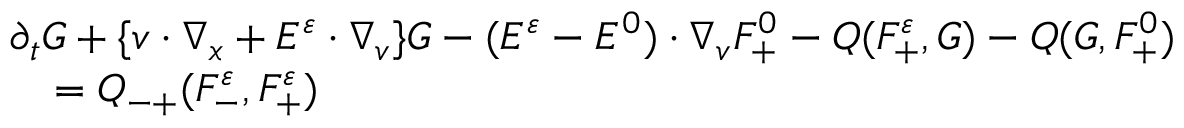
\begin{array} { r l } & { \partial _ { t } G + \{ v \cdot \nabla _ { x } + E ^ { \varepsilon } \cdot \nabla _ { v } \} G - ( E ^ { \varepsilon } - E ^ { 0 } ) \cdot \nabla _ { v } F _ { + } ^ { 0 } - Q ( F _ { + } ^ { \varepsilon } , G ) - Q ( G , F _ { + } ^ { 0 } ) } \\ & { \quad = Q _ { - + } ( F _ { - } ^ { \varepsilon } , F _ { + } ^ { \varepsilon } ) } \end{array}